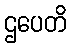
ဌပေတိ